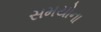
સમયોના